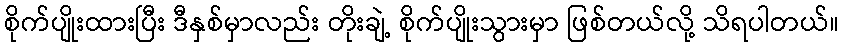
စိုက်ပျိုးထားပြီး ဒီနှစ်မှာလည်း တိုးချဲ့ စိုက်ပျိုးသွားမှာ ဖြစ်တယ်လို့ သိရပါတယ်။